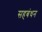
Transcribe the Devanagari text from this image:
सहबंधन